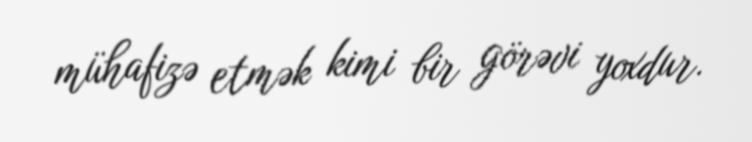
mühafizə etmək kimi bir görəvi yoxdur.